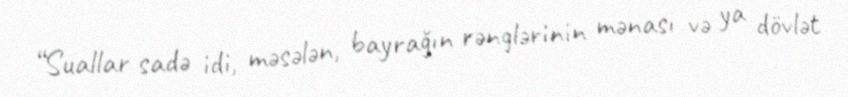
“Suallar sadə idi, məsələn, bayrağın rənglərinin mənası və ya dövlət